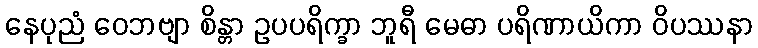
နေပုညံ ဝေဘဗျာ စိန္တာ ဥပပရိက္ခာ ဘူရီ မေဓာ ပရိဏာယိကာ ဝိပဿနာ